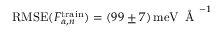
\mathrm { R M S E } ( F _ { \alpha , n } ^ { \mathrm { t r a i n } } ) = ( 9 9 \pm 7 ) \, \mathrm { m e V } \, \mathrm { ~ \AA ~ } ^ { - 1 }